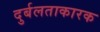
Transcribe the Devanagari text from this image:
दुर्बलताकारक